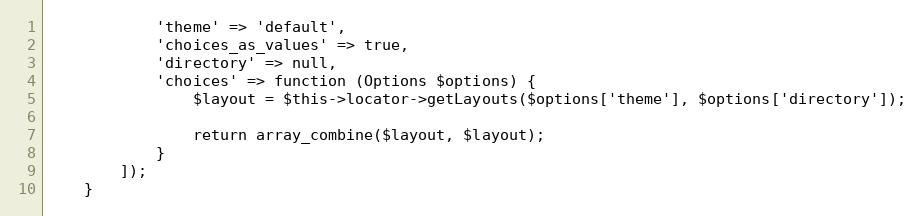
Language: PHP
            'theme' => 'default',
            'choices_as_values' => true,
            'directory' => null,
            'choices' => function (Options $options) {
                $layout = $this->locator->getLayouts($options['theme'], $options['directory']);

                return array_combine($layout, $layout);
            }
        ]);
    }